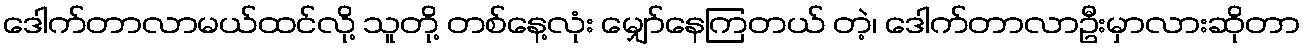
ဒေါက်တာလာမယ်ထင်လို့ သူတို့ တစ်နေ့လုံး မျှော်နေကြတယ် တဲ့၊ ဒေါက်တာလာဦးမှာလားဆိုတာ